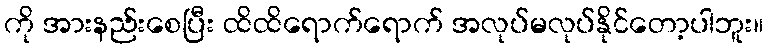
ကို အားနည်းစေပြီး ထိထိရောက်ရောက် အလုပ်မလုပ်နိုင်တော့ပါဘူး။